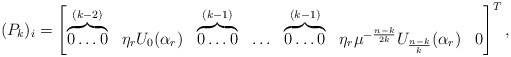
\begin{align*}(P_k)_i=\begin{bmatrix}\overbrace{0 \ldots 0}^{(k-2)} & \eta_r U_0(\alpha_r) & \overbrace{0 \ldots 0}^{(k-1)} & \ldots & \overbrace{0 \ldots 0}^{(k-1)} & \eta_r \mu^{-\frac{n-k}{2k}} U_{\frac{n-k}{k}}(\alpha_r) & 0\end{bmatrix}^{T}, \end{align*}